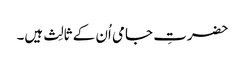
حضرتِ جامی اُن کے ثالِث ہیں۔